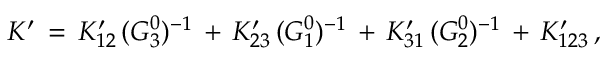
K ^ { \prime } \, = \, K _ { 1 2 } ^ { \prime } \, ( G _ { 3 } ^ { 0 } ) ^ { - 1 } \, + \, K _ { 2 3 } ^ { \prime } \, ( G _ { 1 } ^ { 0 } ) ^ { - 1 } \, + \, K _ { 3 1 } ^ { \prime } \, ( G _ { 2 } ^ { 0 } ) ^ { - 1 } \, + \, K _ { 1 2 3 } ^ { \prime } \, ,